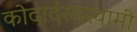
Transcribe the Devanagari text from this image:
कोदादंरमस्वामी